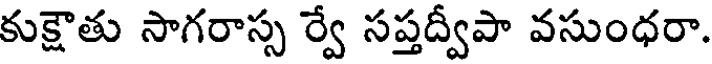
కుక్షౌతు సాగరాస్స ర్వే సప్తద్వీపా వసుంధరా.